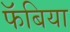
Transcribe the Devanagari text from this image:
फॅबिया